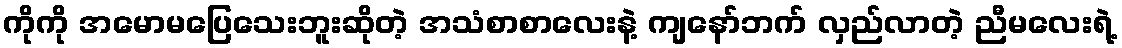
ကိုကို အမောမပြေသေးဘူးဆိုတဲ့ အသံစာစာလေးနဲ့ ကျနော်ဘက် လှည်လာတဲ့ ညီမလေးရဲ့